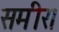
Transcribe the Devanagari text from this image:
समीर।